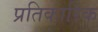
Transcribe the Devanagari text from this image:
प्रतिकारिक